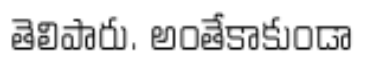
తెలిపారు. అంతేకాకుండా